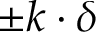
\pm k \cdot \delta